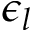
\epsilon _ { l }